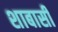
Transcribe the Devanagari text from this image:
शाबासी